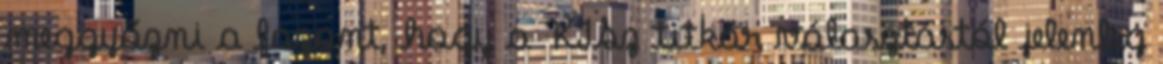
meggyőzni a fazont, hogy a KISz titkár választástól jelenleg